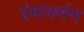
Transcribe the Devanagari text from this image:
प्रेमाकर्षण